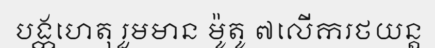
បង្កហេតុ រួមមាន ម៉ូតូ ៧លើករថយន្ត